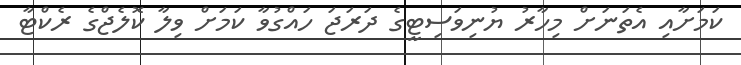
ކަމަށާއި އެތަނަށް މިހާރު ޔުނިވަސިޓީގެ ދަރަޖަ ހައްގުވާ ކަމަށް ވިލާ ކޮލެޖްގެ ރެކްޓާ